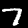
Label: 7